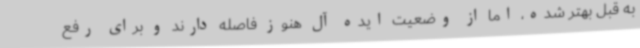
به قبل بهتر شده، اما از وضعیت ایده آل هنوز فاصله دارند و برای رفع